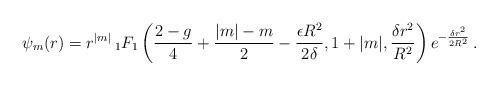
LaTeX: \begin{align*}\psi_m(r)=r^{|m|}\,_1F_1\left( {2-g\over 4}+{|m|-m\over 2}- {\epsilon R^2\over 2\delta },1+|m|,{\delta r^2\over R^2} \right) e^{-{\delta r^2\over 2R^2}}\,.\end{align*}